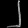
Digit: ၂